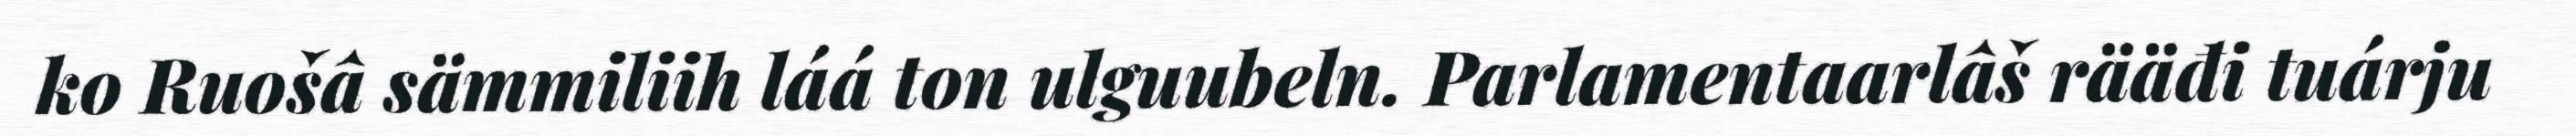
ko Ruošâ sämmiliih láá ton ulguubeln. Parlamentaarlâš rääđi tuárju